Report on inoculation in the plague infected areas of the Punjab and its dependencies from October 1900 to September 1901
Year: 1900
Disease focus: Plague
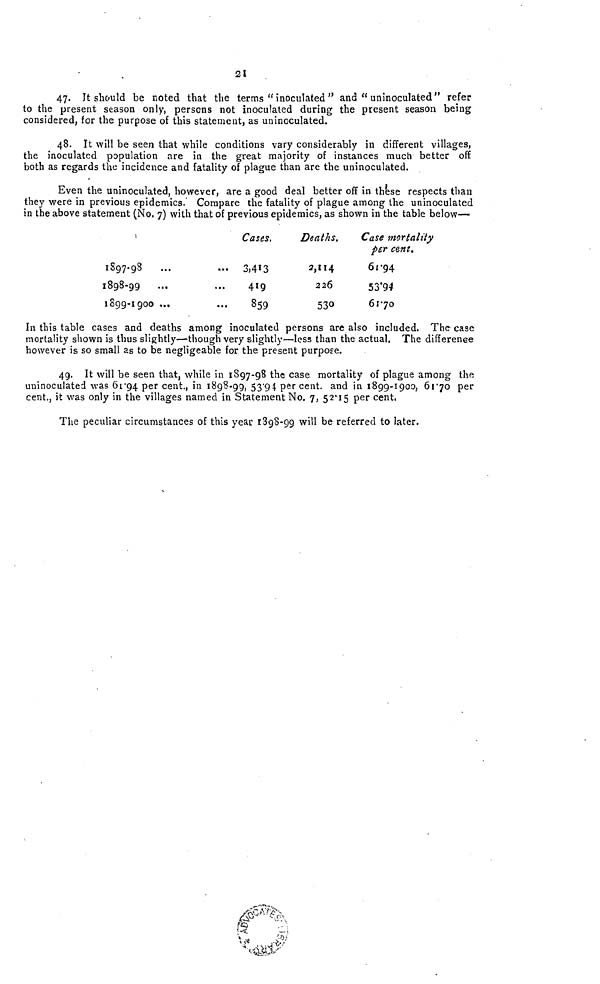
21
47. It should be noted that the terms " inoculated" and " uninoculated" refer
to the present season only, persons not inoculated during the present season being
considered, for the purpose of this statement, as uninoculated.
48. It will be seen that while conditions vary considerably in different villages,
the inoculated population are in the great majority of instances much better off
both as regards the incidence and fatality of plague than are the uninoculated.
Even the uninoculated, however, are a good deal better off in these respects than
they were in previous epidemics. Compare the fatality of plague among the uninoculated
in the above statement (No, 7) with that of previous epidemics, as shown in the table below—
1
1897 98
1898 99
1899 1900 ***
Cases.
*** 3,413
419
859
Deaths.
2,114
226
530
Case mortality
per cent.
61 94
53 94
61 70
In this table cases and deaths among inoculated persons are also included. The case
mortality shown is thus slightly—-though very slightly—less than the actual. The differenee
however is so small as to be negligeable for the present purpose.
49. It will be seen that, while in 1897-98 the case mortality of plague among the
uninoculated was 61 94 per cent., in 1898-99, 53 94 per cent, and in 1899-1900, 61 70 per
cent., it was only in the villages named in Statement No. 7, 52 15 per cent,
The peculiar circumstances of this year 1898-99 will be referred to later.